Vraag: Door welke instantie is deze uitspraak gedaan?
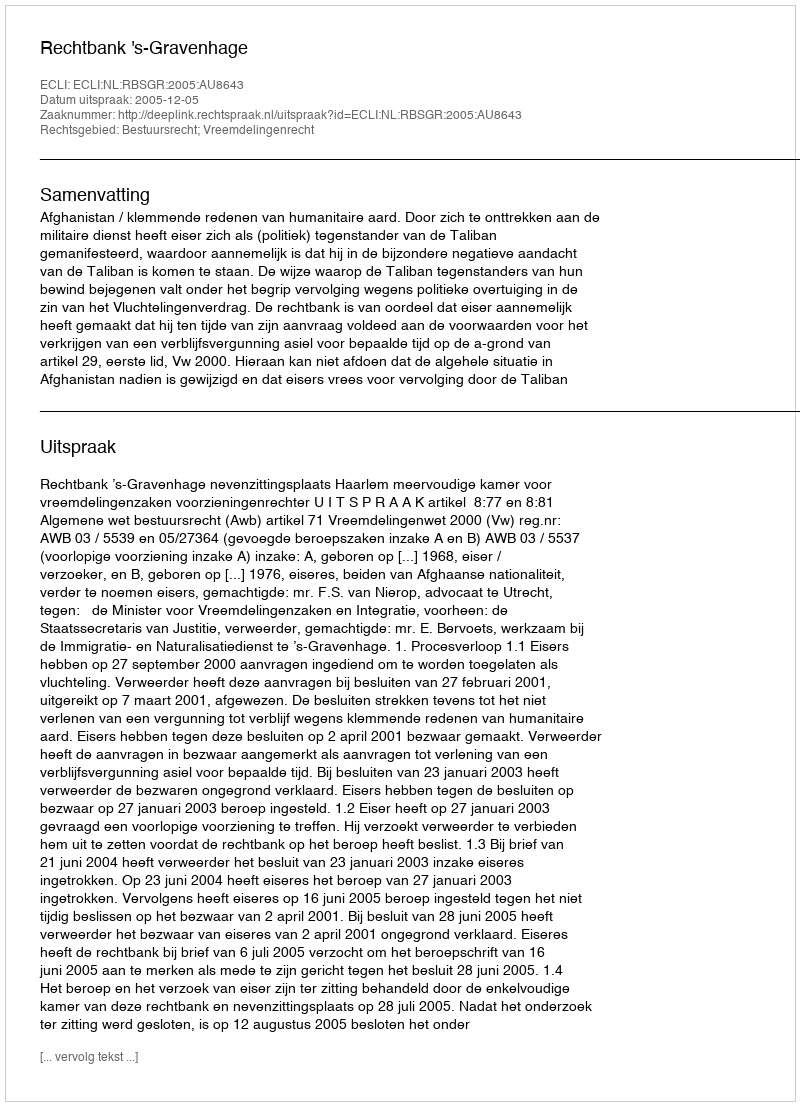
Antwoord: Rechtbank 's-Gravenhage